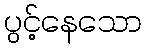
ပွင့်နေသော